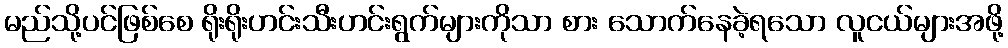
မည်သို့ပင်ဖြစ်စေ ရိုးရိုးဟင်းသီးဟင်းရွက်များကိုသာ စား သောက်နေခဲ့ရသော လူငယ်များအဖို့